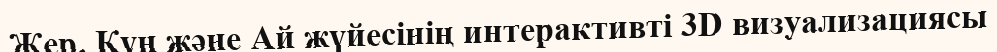
Жер, Күн және Ай жүйесінің интерактивті 3D визуализациясы